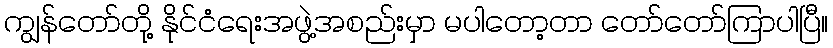
ကျွန်တော်တို့ နိုင်ငံရေးအဖွဲ့အစည်းမှာ မပါတော့တာ တော်တော်ကြာပါပြီ။